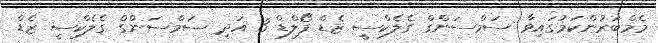
މެމްބަރުންކަމުގައިވާ ސަމްސަންގް ގެލެކްސީ ޒެޑް ފޯލްޑް 3 އަދި ސަމްސަންގް ގެލެކްސީ ޒެޑް